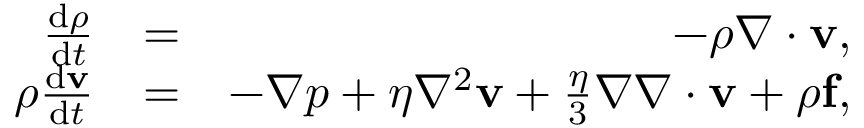
\begin{array} { r l r } { \frac { { \mathrm { d } } \rho } { { \mathrm { d } } t } } & { = } & { - \rho \nabla \cdot \mathbf { v } , } \\ { \rho \frac { { \mathrm { d } } \mathbf { v } } { { \mathrm { d } } t } } & { = } & { - \nabla p + \eta \nabla ^ { 2 } \mathbf { v } + \frac { \eta } { 3 } \nabla \nabla \cdot \mathbf { v } + \rho \mathbf { f } , } \end{array}